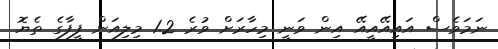
ނަމަވެސް އައިއޭއީއޭ އިން ވަނީ މިހާރަށް ވުރެ 1.2 މިލިއަން ފީފާގެ ތެޔޮ